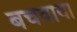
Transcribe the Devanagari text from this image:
बचवाया